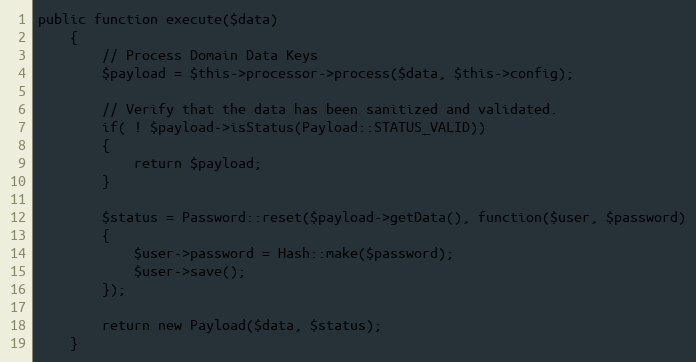
Language: PHP
public function execute($data)
	{
		// Process Domain Data Keys
		$payload = $this->processor->process($data, $this->config);

		// Verify that the data has been sanitized and validated.
		if( ! $payload->isStatus(Payload::STATUS_VALID))
		{
			return $payload;
		}

		$status = Password::reset($payload->getData(), function($user, $password)
		{
			$user->password = Hash::make($password);
			$user->save();
		});

	    return new Payload($data, $status);
	}